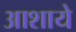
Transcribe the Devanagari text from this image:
आशाये